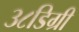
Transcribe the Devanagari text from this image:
३८डिग्री